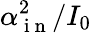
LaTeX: \alpha_{\mathrm{~i~n~}}^{2}/I_{0}